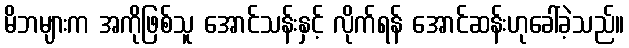
မိဘများက အကိုဖြစ်သူ အောင်သန်းနှင့် လိုက်ရန် အောင်ဆန်းဟုခေါ်ခဲ့သည်။